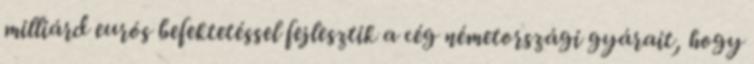
milliárd eurós befektetéssel fejlesztik a cég németországi gyárait, hogy